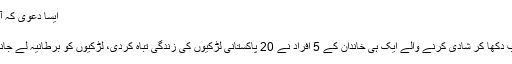
ایسا دعویٰ کہ آپ کیلئے بھی اپنی آنکھوں پر یقین کرنا مشکل ہوجائے گا
02 مئی 2018 (11:26)
میرپور(ویب ڈیسک) برطانیہ لے جانے کے سہانے خواب دکھا کر شادی کرنے والے ایک ہی خاندان کے 5 افراد نے 20 پاکستانی لڑکیوں کی زندگی تباہ کردی، لڑکیوں کو برطانیہ لے جانے کا جھانسہ دیا اور شادی کے بعد چھوڑ کر چلے گئے۔